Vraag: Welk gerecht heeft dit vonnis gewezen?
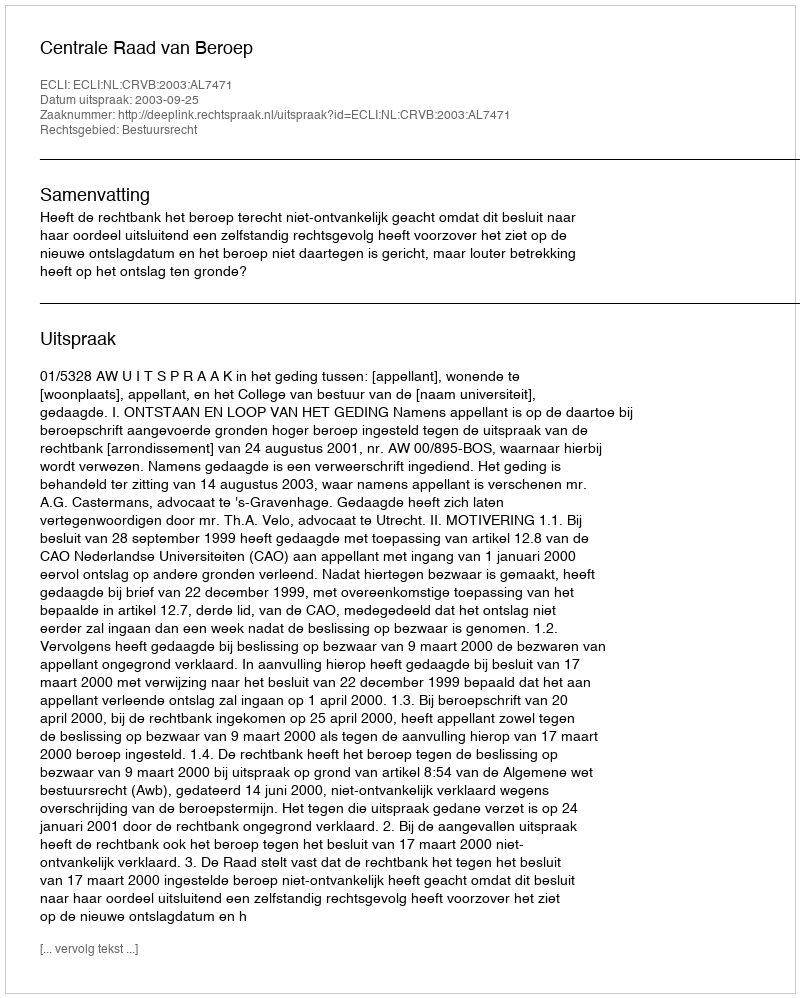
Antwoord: Centrale Raad van Beroep